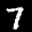
Digit: 7